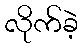
လိုက်ခဲ့